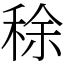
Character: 稌